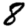
Digit: 8